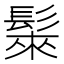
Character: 𩭷